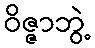
ဝိဇ္ဇာဘွဲ့